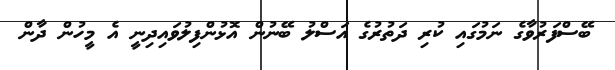
ބޭސްފަރުވާގެ ނަމުގައި ކުރި ދަތުރުގެ އަސްލު ބޭނުން އޮޅުންފިލުވައިދިނީ އެ މީހުން ދާން